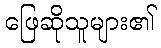
ဖြေဆိုသူများ၏